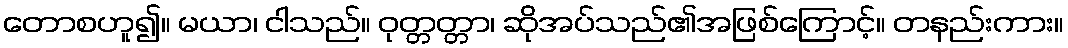
တောစဟူ၍။ မယာ၊ ငါသည်။ ဝုတ္တတ္တာ၊ ဆိုအပ်သည်၏အဖြစ်ကြောင့်။ တနည်းကား။